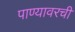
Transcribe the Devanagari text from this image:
पाण्यावरची